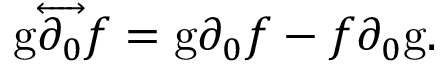
{ \mathrm { g } } { \overleftrightarrow { \partial _ { 0 } } } f = \mathrm { g } \partial _ { 0 } f - f \partial _ { 0 } \mathrm { g } .